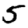
Digit: 5